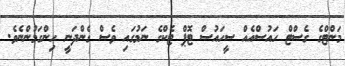
މަންޓްގެ ގެސްޓް ހައުސްއެއް ސީހައުސް ޓޮޕް ޓެކްގެ ނަމުގައި ވެސް ގެންދަނީ ހިންގަމުންނެވެ.